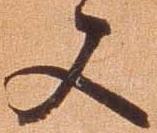
又